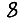
Digit: 8